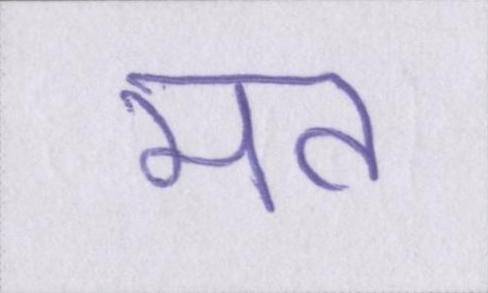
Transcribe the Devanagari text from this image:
मत